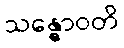
သန္ဓောဝတိ